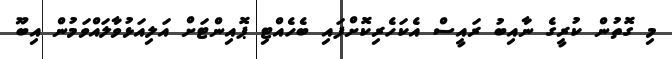
މި ގޮތުން ކުރީގެ ނާއިބު ރައީސް އެކަހެރިކޮށްފައި ބެހެއްޓި ޕޮއިންޓަށް އަލިއަޅުވާލައްވަމުން އިބޫ